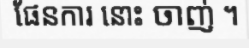
ផែនការ នោះ ចាញ់ ។